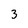
Character: 3